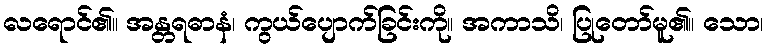
လရောင်၏။ အန္တရဓာနံ၊ ကွယ်ပျောက်ခြင်းကို။ အကာသိ၊ ပြုတော်မူ၏။ သော၊